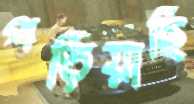
পড়িয়াছি